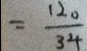
= \frac { 1 2 0 } { 3 4 }